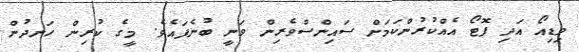
ވިޑިއޯ އަދި ފޮޓޯ އެއްކުރުންކަމަށް ސައިންސްވެރިން ވަނީ ބުނެފައެވެ. މީގެ ކުރިން ހަނދުން